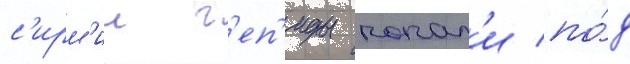
с'ирм'ии г'еп'иды попал'и по́д